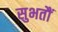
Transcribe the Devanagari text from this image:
सुभतौं